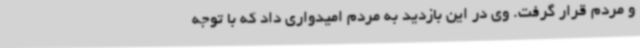
و مردم قرار گرفت. وی در این بازدید به مردم امیدواری داد که با توجه